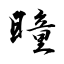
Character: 曈